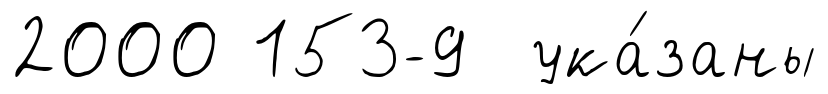
2000 153-9 ука́заны